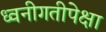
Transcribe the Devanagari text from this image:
ध्वनीगतीपेक्षा